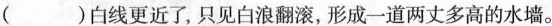
( )白线更近了，只见白浪翻滚，形成一道两丈多高的水墙。